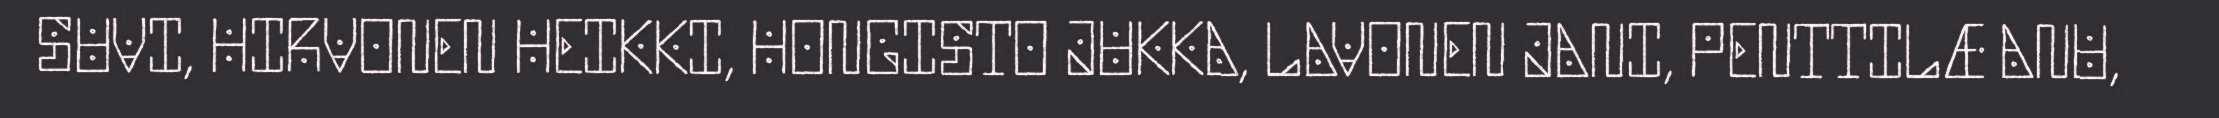
SUVI, HIRVONEN HEIKKI, HONGISTO JUKKA, LAVONEN JANI, PENTTILÆ ANU,